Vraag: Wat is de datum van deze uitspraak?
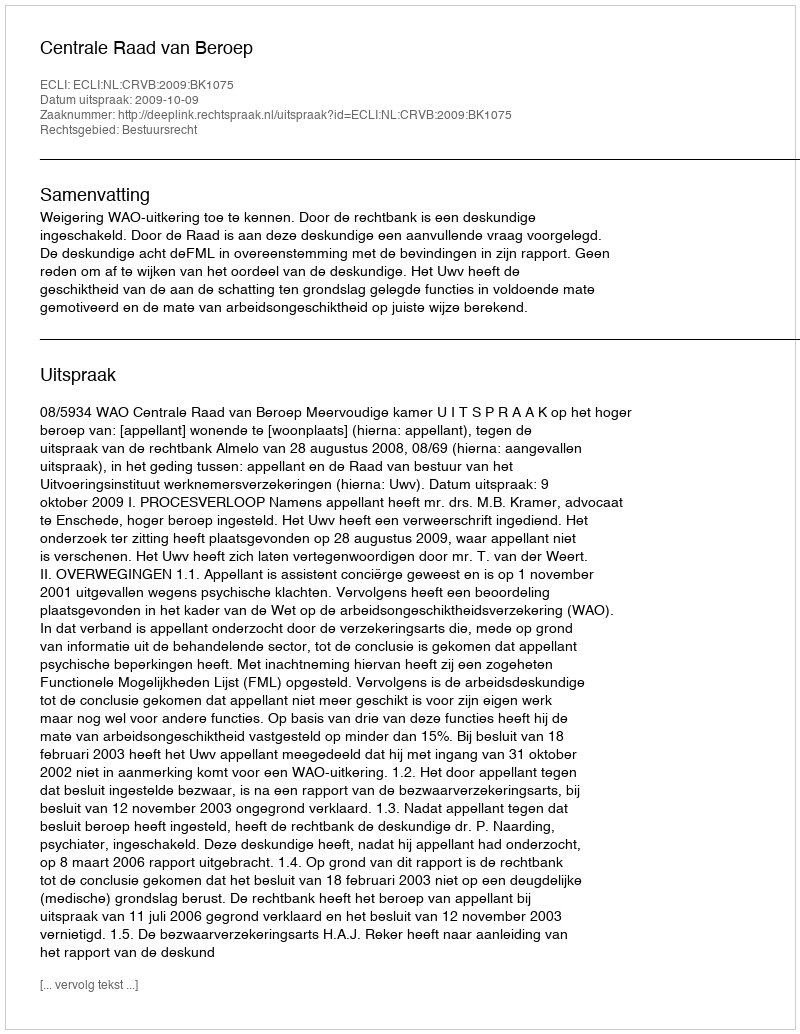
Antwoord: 2009-10-09